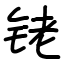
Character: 铑